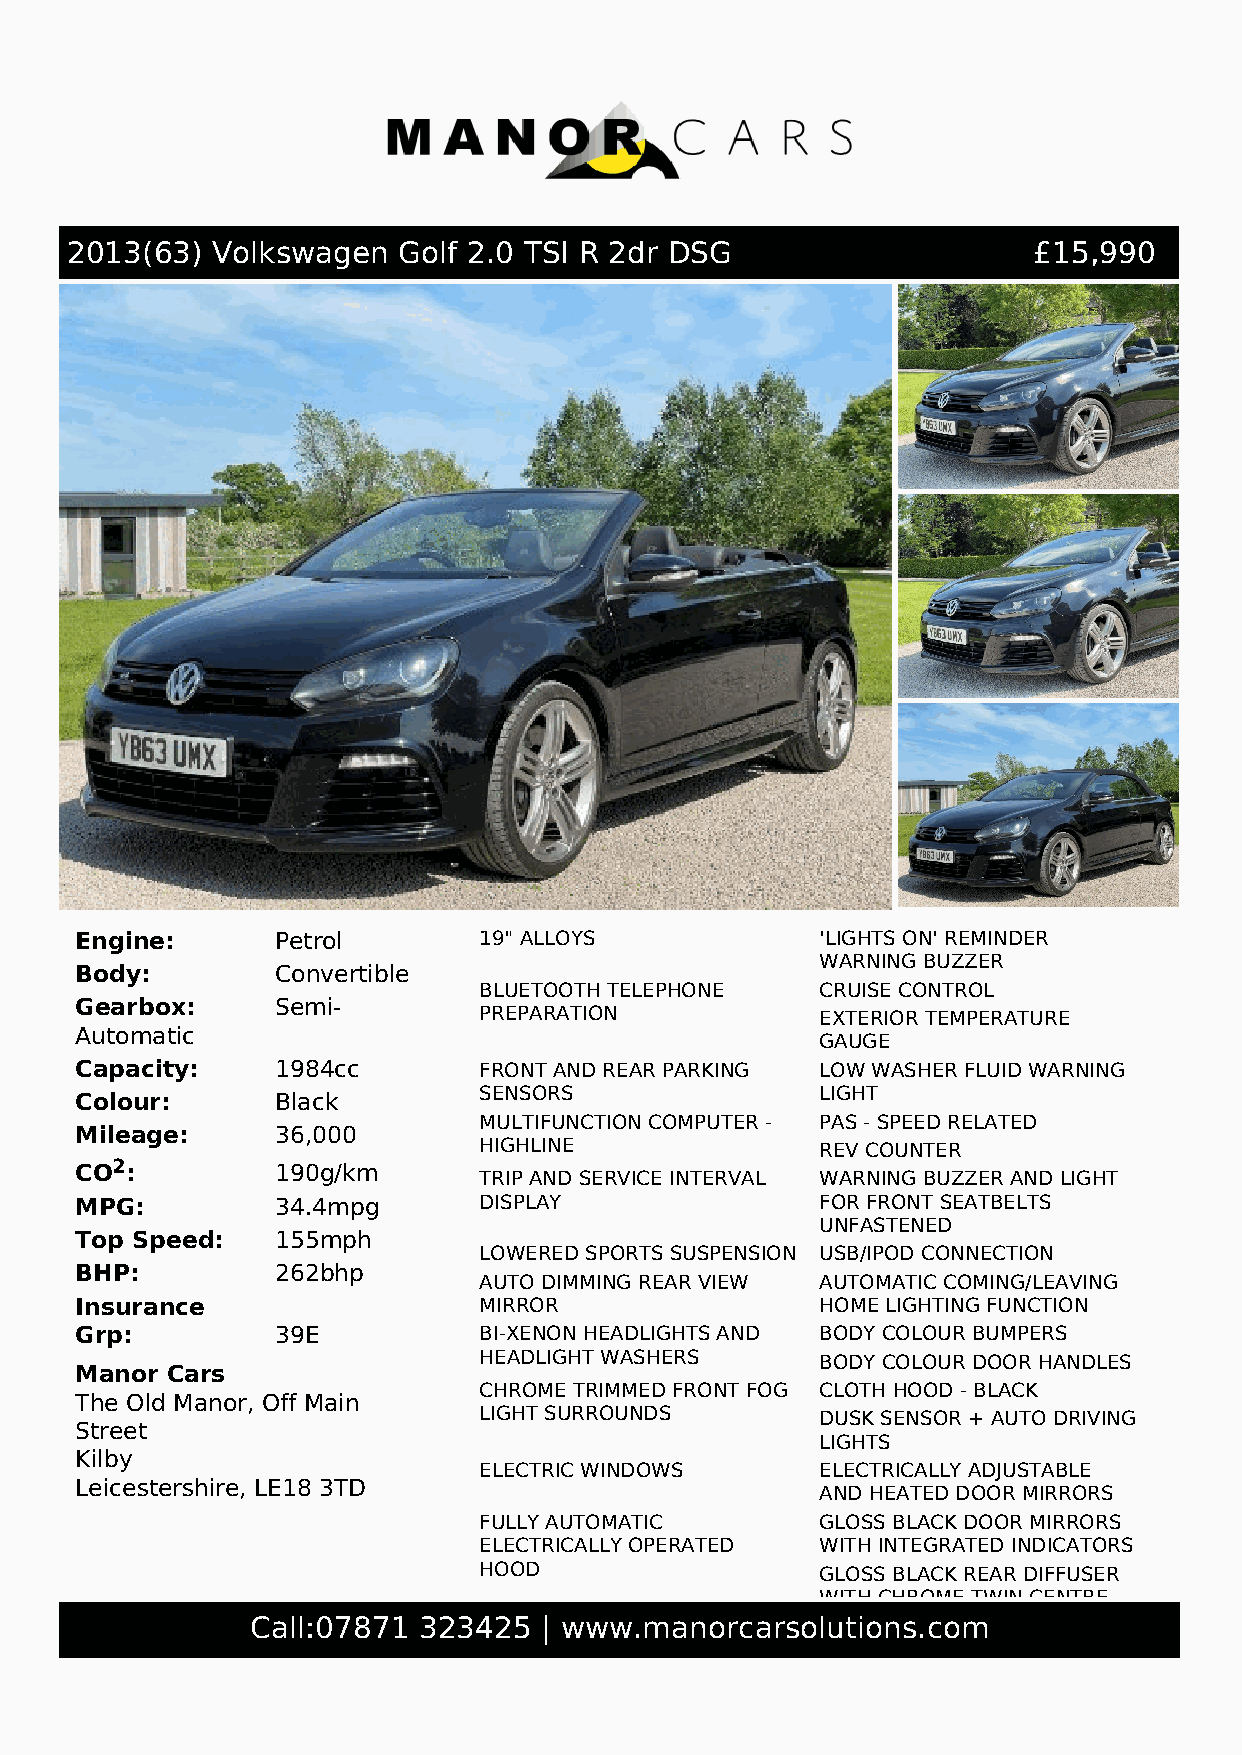
2013(63)  Volkswagen  Golf 2.0 TSI R 2dr DSG                    £15,990
 Engine:      Petrol        19" ALLOYS            'LIGHTS ON' REMINDER
 WARNING BUZZER
 Body:        Convertible
 BLUETOOTH TELEPHONE   CRUISE CONTROL
 Gearbox:     Semi-
 PREPARATION           EXTERIOR TEMPERATURE
 Automatic
 GAUGE
 Capacity:    1984cc        FRONT AND REAR PARKING LOW WASHER FLUID WARNING
 SENSORS               LIGHT
 Colour:      Black
 MULTIFUNCTION COMPUTER - PAS - SPEED RELATED
 Mileage:     36,000
 HIGHLINE              REV COUNTER
 CO2:         190g/km
 TRIP AND SERVICE INTERVAL WARNING BUZZER AND LIGHT
 MPG:         34.4mpg       DISPLAY               FOR FRONT SEATBELTS
 UNFASTENED
 Top Speed:   155mph
 LOWERED SPORTS SUSPENSION USB/IPOD CONNECTION
 BHP:         262bhp
 AUTO DIMMING REAR VIEW AUTOMATIC COMING/LEAVING
 Insurance                  MIRROR                HOME LIGHTING FUNCTION
 Grp:         39E           BI-XENON HEADLIGHTS AND BODY COLOUR BUMPERS
 HEADLIGHT WASHERS     BODY COLOUR DOOR HANDLES
 Manor Cars
 CHROME TRIMMED FRONT FOG CLOTH HOOD - BLACK
 The Old Manor, Off Main
 LIGHT SURROUNDS       DUSK SENSOR + AUTO DRIVING
 Street
 LIGHTS
 Kilby
 ELECTRIC WINDOWS      ELECTRICALLY ADJUSTABLE
 Leicestershire, LE18 3TD
 AND HEATED DOOR MIRRORS
 FULLY AUTOMATIC       GLOSS BLACK DOOR MIRRORS
 ELECTRICALLY OPERATED WITH INTEGRATED INDICATORS
 HOOD                  GLOSS BLACK REAR DIFFUSER
 WITH CHROME TWIN CENTRE
 Call:07871 323425  | www.manorcarsolEuXHtiAoUnSTs .TcAoILmPIPE
 GREEN TINTED HEAT     HEATED REAR WINDSCREEN
 INSULATING GLASS